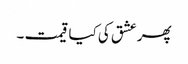
پھر عشق کی کیا قیمت ۔